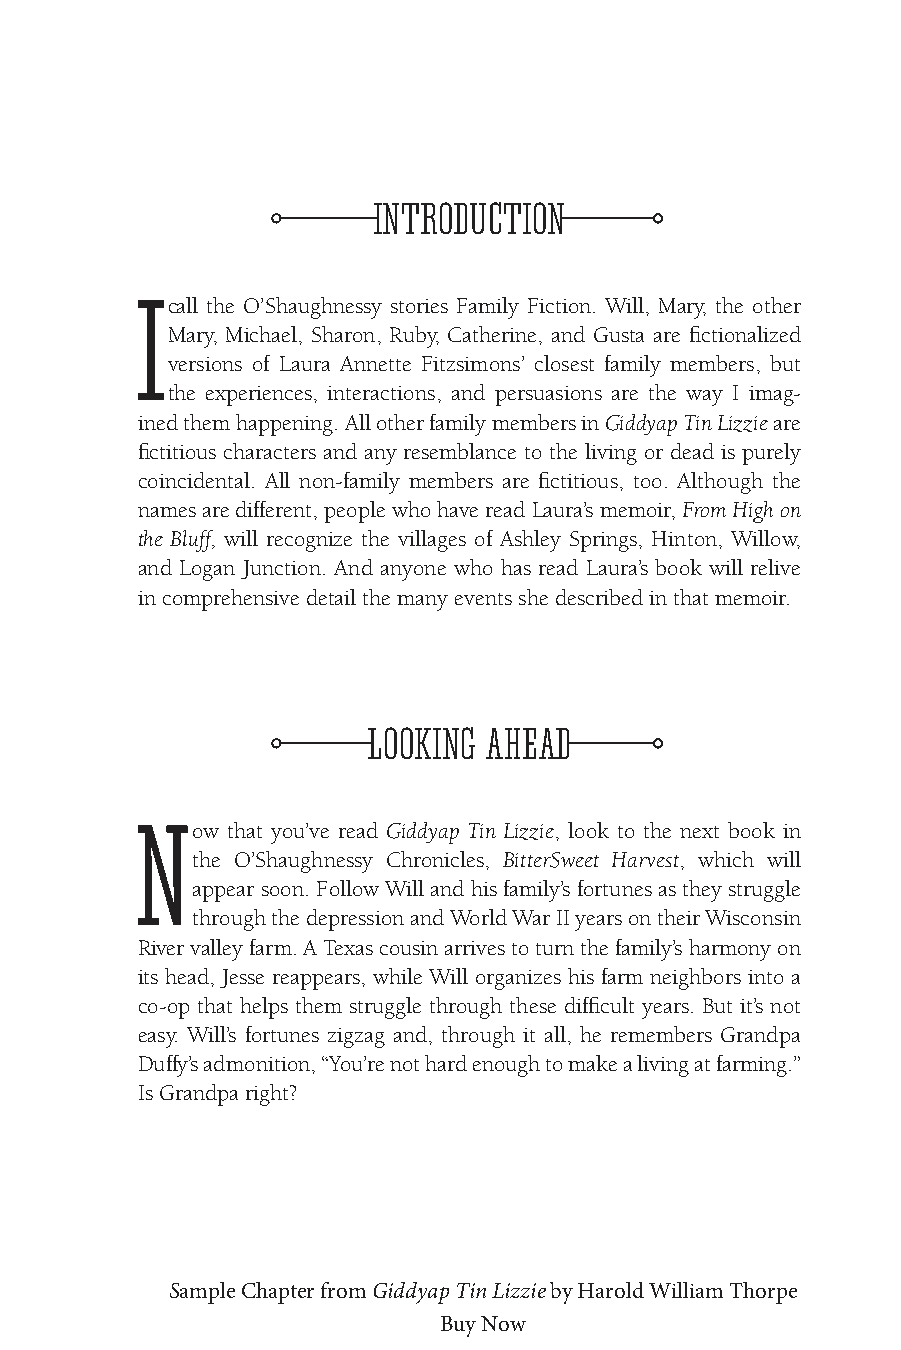
INTRODUCTION
 I
 call the O’Shaughnessy stories Family Fiction. Will, mary, the other
 mary, michael, Sharon, ruby, Catherine, and Gusta are fictionalized
 versions of laura annette Fitzsimons’ closest family members, but
 the experiences, interactions, and persuasions are the way I imag-
 ined them happening. all other family members in Giddyap Tin Lizzie are
 fictitious characters and any resemblance to the living or dead is purely
 coincidental. all non-family members are fictitious, too. although the
 names are different, people who have read laura’s memoir, From High on
 the Bluff, will recognize the villages of ashley Springs, Hinton, Willow,
 and logan Junction. and anyone who has read laura’s book will relive
 in comprehensive detail the many events she described in that memoir.
 LOOKING AHEAD
 N
 ow that you’ve read Giddyap Tin Lizzie, look to the next book in
 the O’Shaughnessy Chronicles, BitterSweet Harvest, which will
 appear soon. Follow Will and his family’s fortunes as they struggle
 through the depression and World War II years on their Wisconsin
 river valley farm. a Texas cousin arrives to turn the family’s harmony on
 its head, Jesse reappears, while Will organizes his farm neighbors into a
 co-op that helps them struggle through these difficult years. But it’s not
 easy. Will’s fortunes zigzag and, through it all, he remembers Grandpa
 duffy’s admonition, “You’re not hard enough to make a living at farming.”
 Is Grandpa right?
 Sample Chapter from Giddyap Tin Lizzie by Harold William Thorpe
 Buy Now